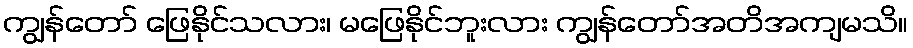
ကျွန်တော် ဖြေနိုင်သလား၊ မဖြေနိုင်ဘူးလား ကျွန်တော်အတိအကျမသိ။